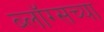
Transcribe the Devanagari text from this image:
ब्लॉग्सच्या